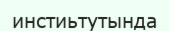
инстиьтутында